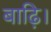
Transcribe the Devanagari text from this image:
बाढ़ि।